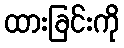
ထားခြင်းကို